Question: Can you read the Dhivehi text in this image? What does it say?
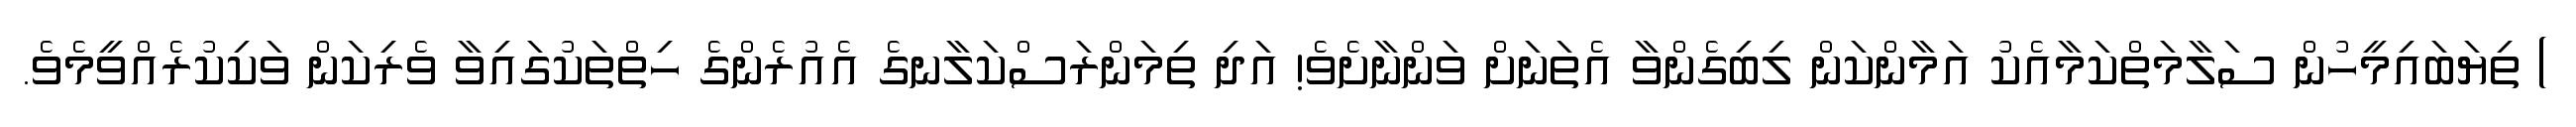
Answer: ) ތިޔަބައިމީހުން ސަލާމަތްކަމާއެކު އަމާންކަން ލިބިގެންވާ އެތަނަށް ވަންނާށެވެ! އަދި ތިމަންރަސްކަލާނގެ އެއުރެންގެ ހިތްތަކުގައިވާ ވެރިކަން ވަކިކުރެއްވީމެވެ.